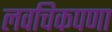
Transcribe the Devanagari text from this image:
लवचिकपणा